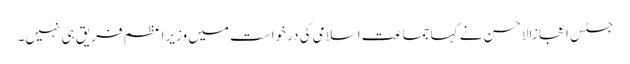
جسٹس اعجازالاحسن نے کہا جماعت اسلامی کی درخواست میں وزیراعظم فریق ہی نہیں۔